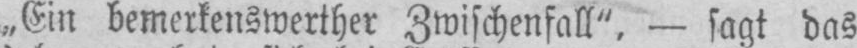
„Ein bemerkenswerther Zwischenfall“, - sagt das